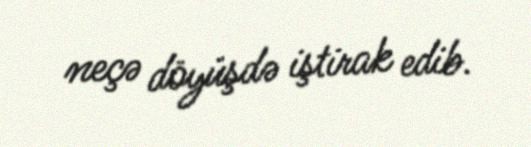
neçə döyüşdə iştirak edib.